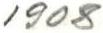
1908